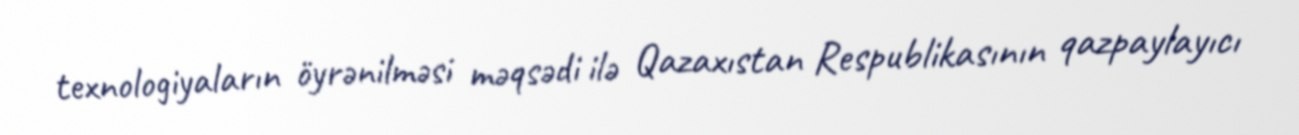
texnologiyaların öyrənilməsi məqsədi ilə Qazaxıstan Respublikasının qazpaylayıcı